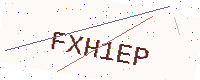
Text: FXH1EP